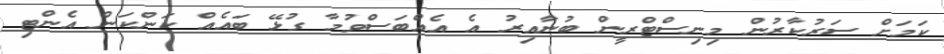
ކަމަށް ސަރުކާރުން މިނިސްޓްރީން ބުނާއިރު އެ އެއްބަސްވުމާ ގުޅޭ ބައެއް ކަންކަން އެންޓި